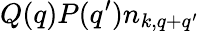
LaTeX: Q(q)P(q^{\prime})n_{k,q+q^{\prime}}